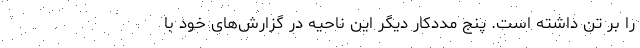
را بر تن داشته است. پنج مددکار دیگر این ناحیه در گزارش‌های خود با